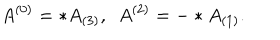
A ^ { ( 0 ) } = * A _ { ( 3 ) } , ~ ~ A ^ { ( 2 ) } = - * A _ { ( 1 ) } .